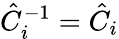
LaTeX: \hat{C}_{i}^{-1}=\hat{C}_{i}